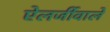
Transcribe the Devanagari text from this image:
ऐलर्जीवाले